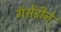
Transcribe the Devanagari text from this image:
गॅसेंडीने